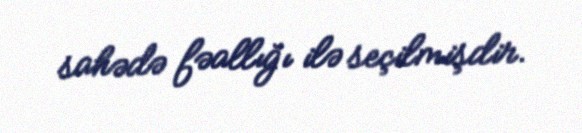
sahədə fəallığı ilə seçilmişdir.